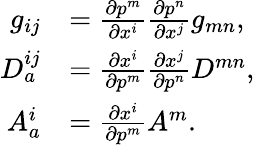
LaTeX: \begin{array}{rl}{g_{ij}}&{=\frac{\partial p^{m}}{\partial x^{i}}\frac{\partial p^{n}}{\partial x^{j}}g_{mn},}\\ {D_{a}^{ij}}&{=\frac{\partial x^{i}}{\partial p^{m}}\frac{\partial x^{j}}{\partial p^{n}}D^{mn},}\\ {A_{a}^{i}}&{=\frac{\partial x^{i}}{\partial p^{m}}A^{m}.}\end{array}